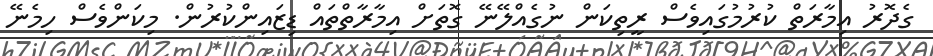
ގެދޮރު އިމާރަތް ކުރުމުގައިވެސް ރީތިކަން ނުގެއްލޭނޭ ގޮތަށް އިމާރާތްތައް ޑިޒައިންކުރުން. މިކަންވެސް ހިމެނޭ